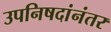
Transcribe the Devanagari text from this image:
उपनिषदांनंतर